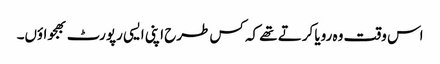
اس وقت وہ رویا کرتے تھے کہ کس طرح اپنی ایسی رپورٹ بھجواؤں۔